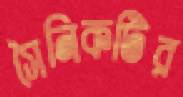
সৈনিকটির